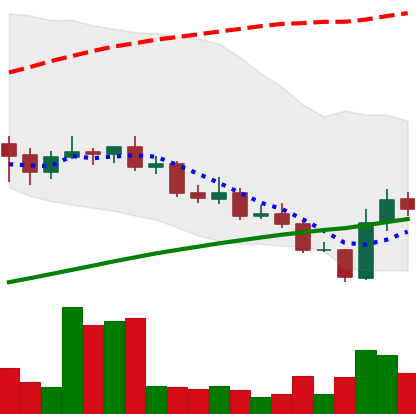
Ticker: LINK-USD
Chart end date: 2020-09-26
Forward return: -6.689%
Label: down_5_7